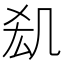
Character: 𠙆